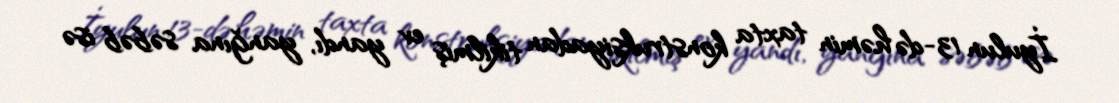
İyulun 13-də həmin taxta konstruksiyadan tikilmiş ev yandı, yanğına səbəb isə